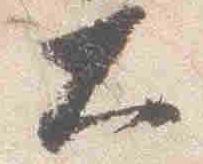
大